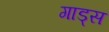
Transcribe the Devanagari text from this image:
गाड्स